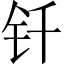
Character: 钎